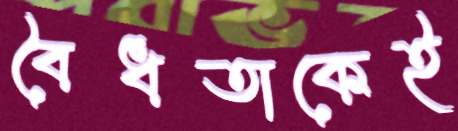
বৈধতাকেই